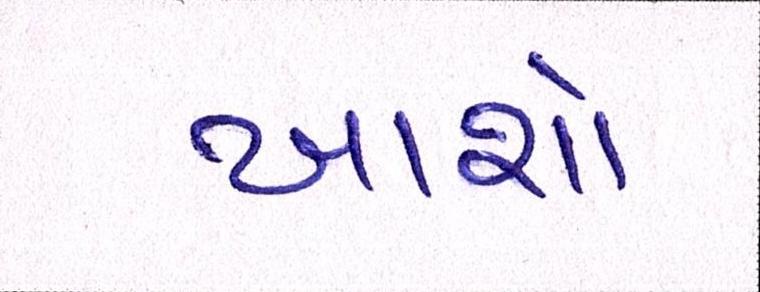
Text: ખાશો